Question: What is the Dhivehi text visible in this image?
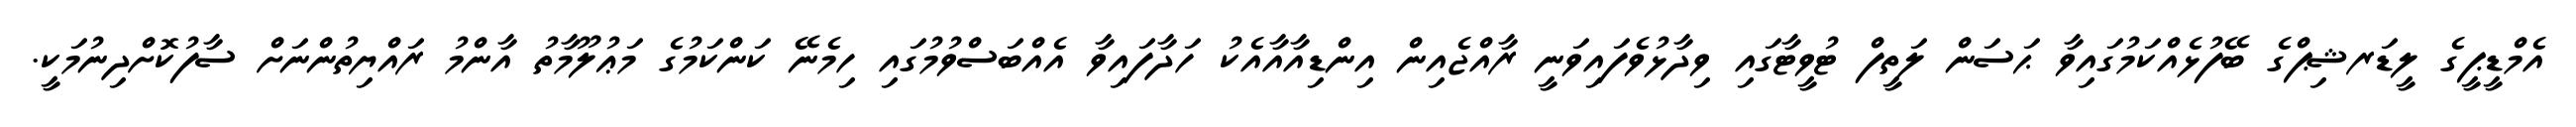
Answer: އެމްޑީޕީގެ ލީޑަރޝިޕްގެ ބޭފުޅެއްކަމުގައިވާ ޙަސަން ލަތީފް ޓުވީޓާގައި ވިދާޅުވެފައިވަނީ ރާއްޖެއިން އިންޑިއާއާއެކު ހަދާފައިވާ އެއްބަސްވުމުގައި ހިމެނޭ ކަންކަމުގެ މަޢުލޫމާތު އާންމު ރައްޔިތުންނަށް ސާފުކޮށްދިނުމަކީ.